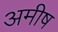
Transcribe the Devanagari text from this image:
अमीष